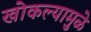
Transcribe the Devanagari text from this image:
खोकल्यामुळे